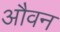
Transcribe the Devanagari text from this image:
औवन